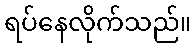
ရပ်နေလိုက်သည်။